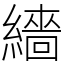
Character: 繬